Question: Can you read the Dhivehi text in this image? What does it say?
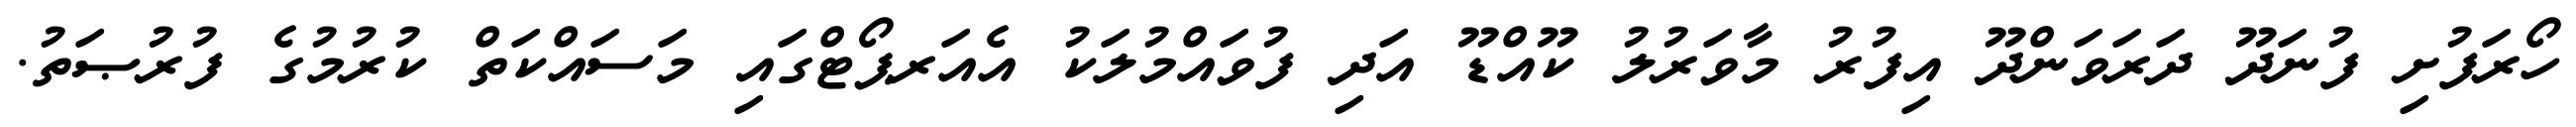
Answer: ހޯރަފުށި ފުނަދޫ ދަރަވަންދޫ އިފުރު މާވަރުލު ކޫއްޑޫ އަދި ފުވައްމުލަކު އެއަރޕޯޓްގައި މަސައްކަތް ކުރުމުގެ ފުރުޞަތު.